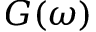
G ( \omega )